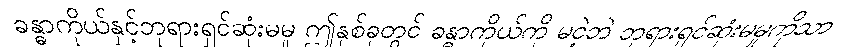
ခန္ဓာကိုယ်နှင့်ဘုရားရှင်ဆုံးမမူ ဤနှစ်ခုတွင် ခန္ဓာကိုယ်ကို မငဲ့ဘဲ ဘုရားရှင်ဆုံးမမှုကိုသာ